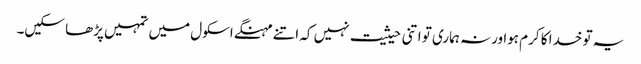
یہ تو خدا کا کرم ہوا ورنہ ہماری تو اتنی حیثیت نہیں کہ اتنے مہنگے اسکول میں تمہیں پڑھا سکیں۔